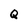
Character: Q